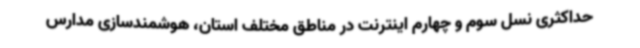
حداکثری نسل سوم و چهارم اینترنت در مناطق مختلف استان، هوشمندسازی مدارس